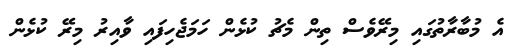
އެ މުބާރާތުގައި މިރޭވެސް ތިން މެޗު ކުޅެން ހަމަޖެހިފައި ވާއިރު މިރޭ ކުޅެން